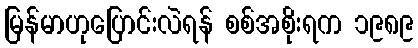
မြန်မာဟုပြောင်းလဲရန် စစ်အစိုးရက ၁၉၈၉